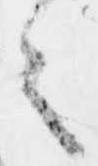
之